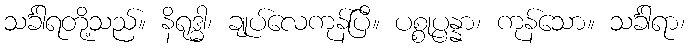
သင်္ခါရတို့သည်။ နိရုဒ္ဓါ၊ ချုပ်လေကုန်ပြီ။ ပစ္စုပ္ပန္နာ၊ ကုန်သော။ သင်္ခါရာ၊